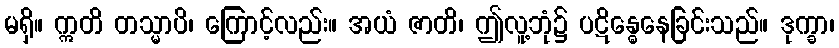
မရှိ။ ဣတိ တသ္မာပိ၊ ကြောင့်လည်း။ အယံ ဇာတိ၊ ဤလူ့ဘုံ၌ ပဋိန္ဓေနေခြင်းသည်။ ဒုက္ခာ၊